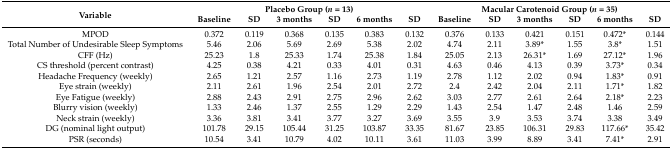
<table><thead><tr><td rowspan="2"><b>Variable</b></td><td colspan="6"><b>Placebo Group (<i>n</i> = 13)</b></td><td colspan="6"><b>Macular Carotenoid Group (<i>n</i> = 35)</b></td></tr><tr><td><b>Baseline</b></td><td><b>SD</b></td><td><b>3 months</b></td><td><b>SD</b></td><td><b>6 months</b></td><td><b>SD</b></td><td><b>Baseline</b></td><td><b>SD</b></td><td><b>3 months</b></td><td><b>SD</b></td><td><b>6 months</b></td><td><b>SD</b></td></tr></thead><tbody><tr><td>MPOD</td><td>0.372</td><td>0.119</td><td>0.368</td><td>0.135</td><td>0.383</td><td>0.132</td><td>0.376</td><td>0.133</td><td>0.421</td><td>0.151</td><td>0.472*</td><td>0.144</td></tr><tr><td>Total Number of Undesirable Sleep Symptoms</td><td>5.46</td><td>2.06</td><td>5.69</td><td>2.69</td><td>5.38</td><td>2.02</td><td>4.74</td><td>2.11</td><td>3.89*</td><td>1.55</td><td>3.8*</td><td>1.51</td></tr><tr><td>CFF (Hz)</td><td>25.23</td><td>1.8</td><td>25.33</td><td>1.74</td><td>25.38</td><td>1.84</td><td>25.05</td><td>2.13</td><td>26.31*</td><td>1.69</td><td>27.12*</td><td>1.96</td></tr><tr><td>CS threshold (percent contrast)</td><td>4.25</td><td>0.38</td><td>4.21</td><td>0.33</td><td>4.01</td><td>0.31</td><td>4.63</td><td>0.46</td><td>4.13</td><td>0.39</td><td>3.73*</td><td>0.34</td></tr><tr><td>Headache Frequency (weekly)</td><td>2.65</td><td>1.21</td><td>2.57</td><td>1.16</td><td>2.73</td><td>1.19</td><td>2.78</td><td>1.12</td><td>2.02</td><td>0.94</td><td>1.83*</td><td>0.91</td></tr><tr><td>Eye strain (weekly)</td><td>2.11</td><td>2.61</td><td>1.96</td><td>2.54</td><td>2.01</td><td>2.72</td><td>2.4</td><td>2.42</td><td>2.04</td><td>2.11</td><td>1.71*</td><td>1.82</td></tr><tr><td>Eye Fatigue (weekly)</td><td>2.88</td><td>2.43</td><td>2.91</td><td>2.75</td><td>2.96</td><td>2.62</td><td>3.03</td><td>2.77</td><td>2.61</td><td>2.64</td><td>2.18*</td><td>2.23</td></tr><tr><td>Blurry vision (weekly)</td><td>1.33</td><td>2.46</td><td>1.37</td><td>2.55</td><td>1.29</td><td>2.29</td><td>1.43</td><td>2.54</td><td>1.47</td><td>2.48</td><td>1.46</td><td>2.59</td></tr><tr><td>Neck strain (weekly)</td><td>3.36</td><td>3.81</td><td>3.41</td><td>3.77</td><td>3.27</td><td>3.69</td><td>3.55</td><td>3.9</td><td>3.53</td><td>3.74</td><td>3.38</td><td>3.49</td></tr><tr><td>DG (nominal light output)</td><td>101.78</td><td>29.15</td><td>105.44</td><td>31.25</td><td>103.87</td><td>33.35</td><td>81.67</td><td>23.85</td><td>106.31</td><td>29.83</td><td>117.66*</td><td>35.42</td></tr><tr><td>PSR (seconds)</td><td>10.54</td><td>3.41</td><td>10.79</td><td>4.02</td><td>10.11</td><td>3.61</td><td>11.03</td><td>3.99</td><td>8.89</td><td>3.41</td><td>7.41*</td><td>2.91</td></tr></tbody></table>